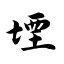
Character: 堙